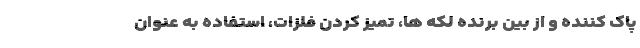
پاک کننده و از بین برنده لکه ها، تمیز کردن فلزات، استفاده به عنوان